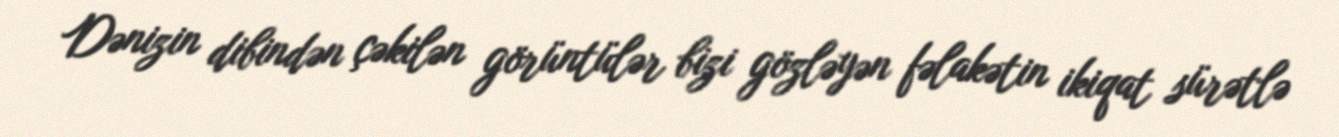
Dənizin dibindən çəkilən görüntülər bizi gözləyən fəlakətin ikiqat sürətlə